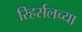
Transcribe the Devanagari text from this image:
रिहर्सलच्या